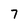
Character: 7